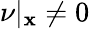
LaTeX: \nu|_{\mathbf{x}}\neq0